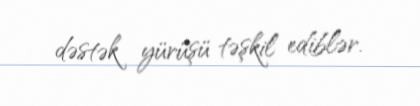
dəstək yürüşü təşkil ediblər.